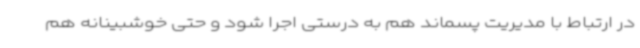
در ارتباط با مدیریت پسماند هم به درستی اجرا شود و حتی خوشبینانه هم